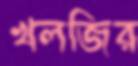
খলজির